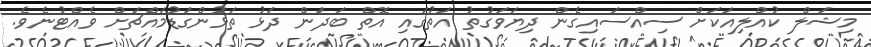
މިޝަލް ކުއްލިއަކަށް ސިއްސައިގެން ދިޔަވަގުތު އަތުގައި އޮތް ބަދަން ދަޅު ތަޅުންގަޑުމައްޗަށް ވެއްޓުނެވެ.